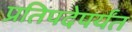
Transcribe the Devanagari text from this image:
प्रतिपदेपर्यंत